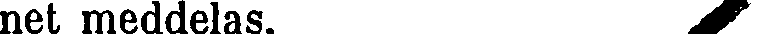
net meddelas. ▰